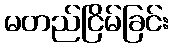
မတည်ငြိမ်ခြင်း